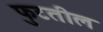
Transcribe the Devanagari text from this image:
फुटतील